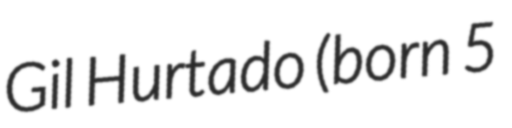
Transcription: Gil Hurtado (born 5